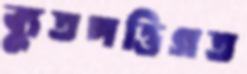
ব্যুতপত্তিগত